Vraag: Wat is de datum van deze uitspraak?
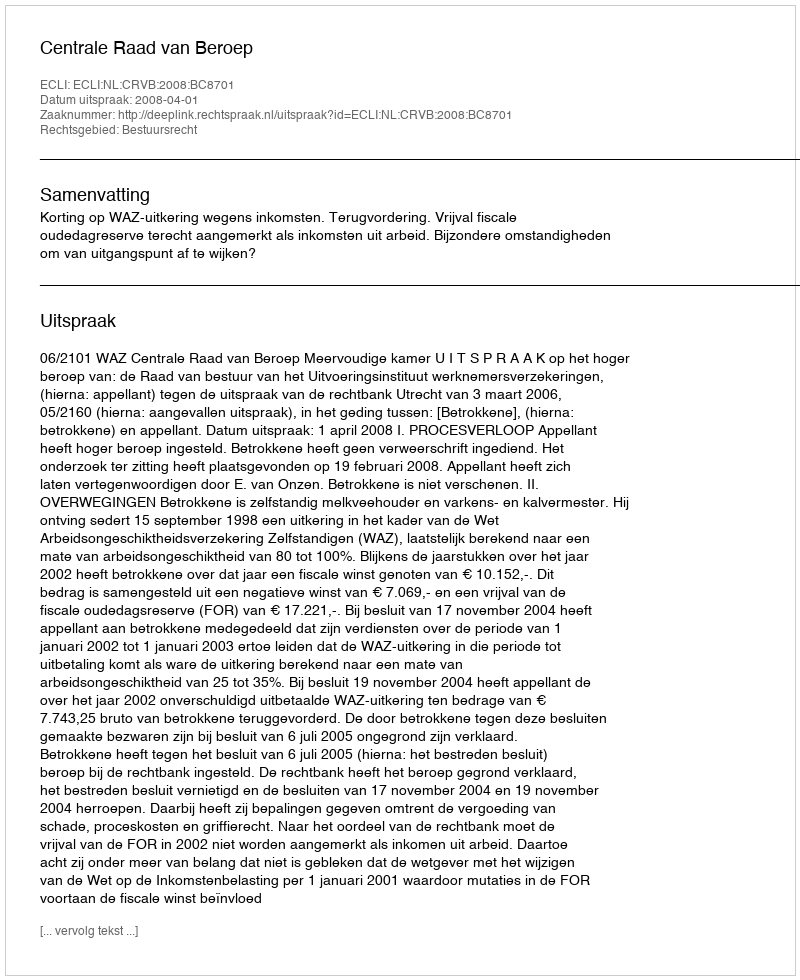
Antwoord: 2008-04-01